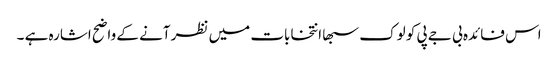
اس فائدہ بی جے پی کو لوک سبھا انتخابات میں نظر آنے کے واضح اشارہ ہے ۔